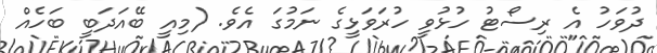
ދުވަހު އެ ރިސޯޓު ހުޅުވީ ހުރަވަޅީގެ ނަމުގަ އެވެ. (މިއީ ބޭއަދަބީ ބަހެއް